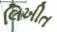
લિખીત